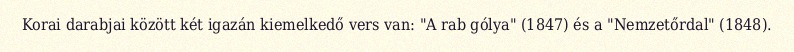
Korai darabjai között két igazán kiemelkedő vers van: "A rab gólya" (1847) és a "Nemzetőrdal" (1848).